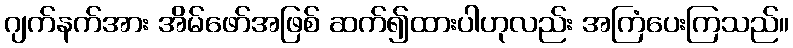
ဂျက်နက်အား အိမ်ဖော်အဖြစ် ဆက်၍ထားပါဟုလည်း အကြံပေးကြသည်။